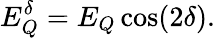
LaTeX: E_{Q}^{\delta}=E_{Q}\cos(2\delta).